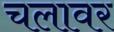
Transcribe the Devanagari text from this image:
चलावर